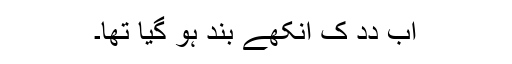
اَب دِدِ کِ اَنکھے بند ہو گیا تھا۔